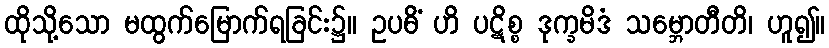
ထိုသို့သော မထွက်မြောက်ရခြင်း၌။ ဥပဓိံ ဟိ ပဋိစ္စ ဒုက္ခမိဒံ သမ္ဘောတီတိ၊ ဟူ၍။